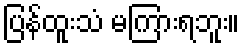
ပြန်ထူးသံ မကြားရဘူး။